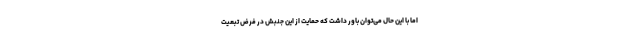
اما با این حال می‌توان باور داشت که حمایت از این جنبش در فرض تبعیت